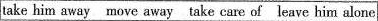
take him away move away take care of leave him alone